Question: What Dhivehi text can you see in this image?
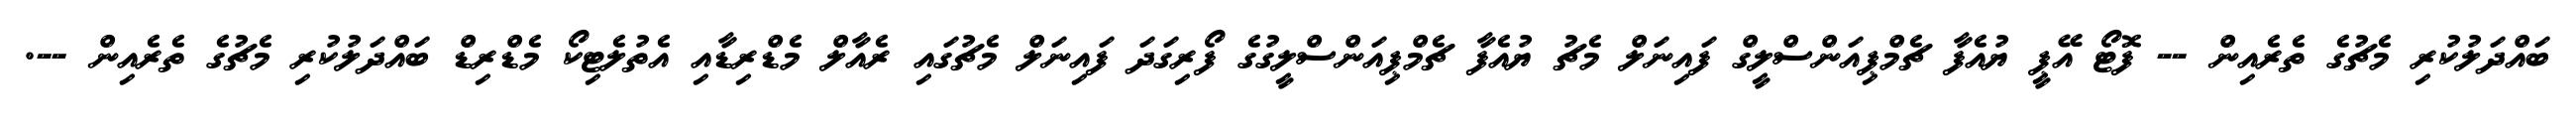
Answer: ބައްދަލުކުރި މެޗުގެ ތެރެއިން -- ފޮޓޯ އޭޕީ ޔުއެފާ ޗެމްޕިއަންސްލީގް ފައިނަލް މެޗު ޔުއެފާ ޗެމްޕިއަންސްލީގުގެ ފޯރިގަދަ ފައިނަލް މެޗުގައި ރެއާލް މެޑްރިޑާއި އެތުލެޓިކޯ މެޑްރިޑް ބައްދަލުކުރި މެޗުގެ ތެރެއިން --.